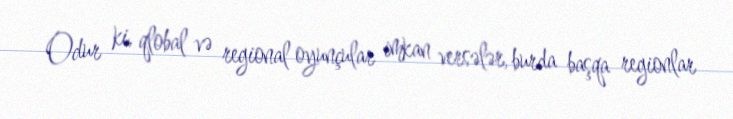
Odur ki, qlobal və regional oyunçular imkan versələr, burda başqa regionlar